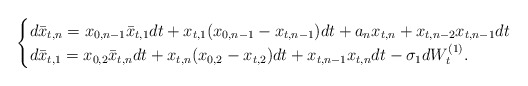
\begin{align*}\begin{cases}d\bar{x}_{t,n} = x_{0,n-1}\bar{x}_{t,1} dt + x_{t,1}(x_{0,n-1} - x_{t,n-1})dt + a_n x_{t,n} + x_{t,n-2}x_{t,n-1}dt \\ d\bar{x}_{t,1} = x_{0,2}\bar{x}_{t,n}dt + x_{t,n}(x_{0,2} - x_{t,2})dt + x_{t,n-1}x_{t,n}dt - \sigma_1 dW_t^{(1)}.\end{cases}\end{align*}